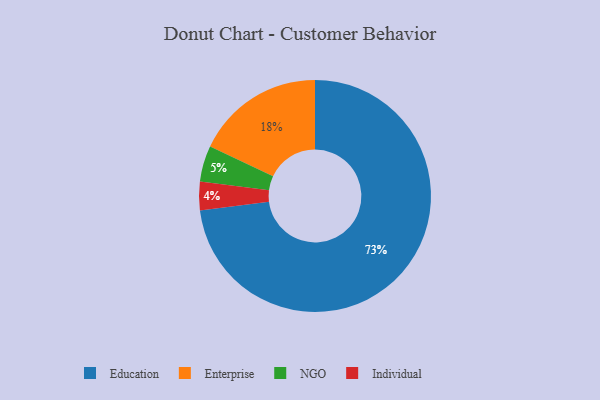
{"axis": {"x": "Category", "y": "Percentage"}, "legend": ["Education", "Enterprise", "Individual", "NGO"], "data": [{"x": "Enterprise", "y": 18, "type": "Enterprise"}, {"x": "Education", "y": 73, "type": "Education"}, {"x": "NGO", "y": 5, "type": "NGO"}, {"x": "Individual", "y": 4, "type": "Individual"}]}